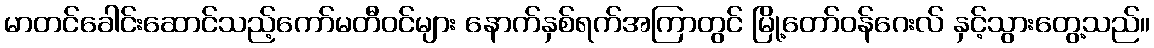
မာတင်ခေါင်းဆောင်သည့်ကော်မတီဝင်များ နောက်နှစ်ရက်အကြာတွင် မြို့တော်ဝန်ဂေးလ် နှင့်သွားတွေ့သည်။